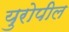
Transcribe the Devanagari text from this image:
युरोपील